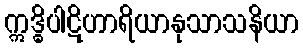
ဣဒ္ဓိပါဋိဟာရိယာနုသာသနိယာ